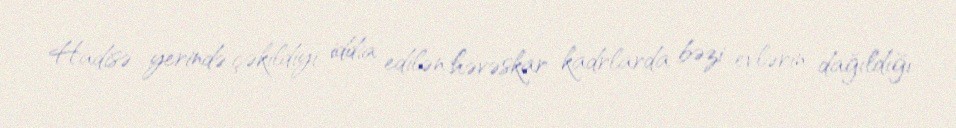
Hadisə yerində çəkildiyi iddia edilən həvəskar kadrlarda bəzi evlərin dağıldığı